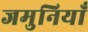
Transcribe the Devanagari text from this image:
जमुनियाँ